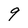
Character: 9